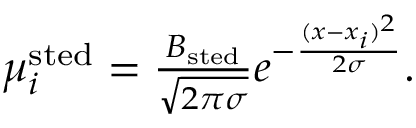
\begin{array} { r } { \mu _ { i } ^ { \mathrm { s t e d } } = \frac { B _ { \mathrm { s t e d } } } { \sqrt { 2 \pi \sigma } } e ^ { - \frac { ( x - x _ { i } ) ^ { 2 } } { 2 \sigma } } . } \end{array}